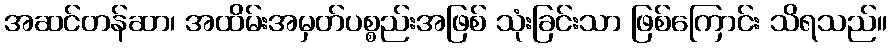
အဆင်တန်ဆာ၊ အထိမ်းအမှတ်ပစ္စည်းအဖြစ် သုံးခြင်းသာ ဖြစ်ကြောင်း သိရသည်။